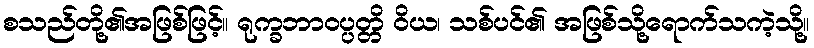
စသည်တို့၏အဖြစ်ဖြင့်။ ရုက္ခဘာဝပ္ပတ္တိ ဝိယ၊ သစ်ပင်၏ အဖြစ်သို့ရောက်သကဲ့သို့။